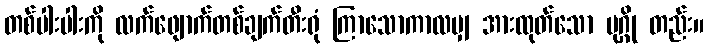
တစ်ပါးပါးကို လက်ဖျောက်တစ်ချက်တီးရုံ ကြာသောကာလမျှ အားထုတ်သော ပုဂ္ဂို တည်း။